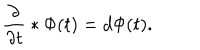
LaTeX: { \frac { \partial } { \partial t } } * \Phi ( t ) = d \Phi ( t ) .